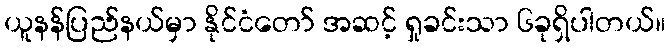
ယူနန်ပြည်နယ်မှာ နိုင်ငံတော် အဆင့် ရှုခင်းသာ ၆ခုရှိပါတယ်။